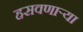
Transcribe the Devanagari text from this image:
हसवणाऱ्या